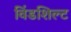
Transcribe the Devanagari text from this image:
विंडशिल्ट